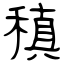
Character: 稹